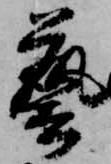
芸